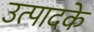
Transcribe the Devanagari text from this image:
उत्पादके